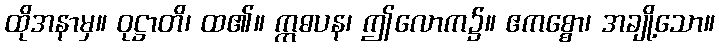
ထိုအနာမှ။ ဝုဋ္ဌာတိ၊ ထ၏။ ဣဓပန၊ ဤလောက၌။ ဧကစ္စော၊ အချို့သော။